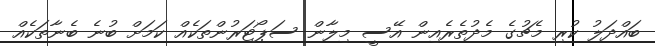
ބައްދަލު ކުރި މެޗުގެ މެދުތެރެއިން އޭސީ މިލާން ސަޕޯޓަރުންތަކެއް ކަމަށް ބުނެ ބެނާތަކެއް